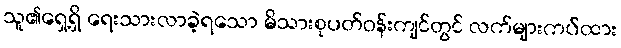
သူ၏ရှေ့ရှိ ရေးသားလာခဲ့ရသော မိသားစုပတ်ဝန်းကျင်တွင် လက်များကပ်ထား